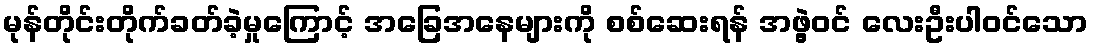
မုန်တိုင်းတိုက်ခတ်ခဲ့မှုကြောင့် အခြေအနေများကို စစ်ဆေးရန် အဖွဲ့ဝင် လေးဦးပါဝင်သော